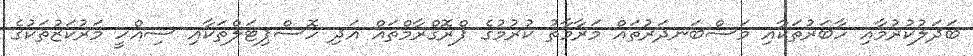
ބަދަލުކުރުމާއި ހާބަރުތަކާއި މަސްބަނދަރުތައް މަރާމާތު ކުރުމުގެ ޕްރޮގްރާމްތައް އަދި ހޮސްޕިޓަލްތަކާއި ސިއްހީ މަރުކަޒުތަކުގެ